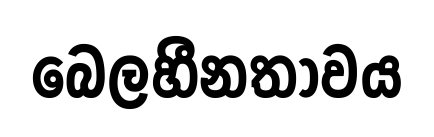
බෙලහීනතාවය